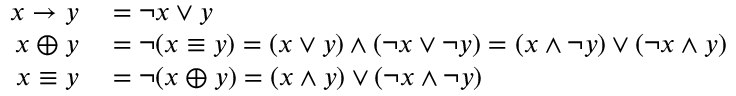
\begin{array} { r l } { x \rightarrow y } & { { } = \neg { x } \vee y } \\ { x \oplus y } & { { } = \neg ( x \equiv y ) = ( x \vee y ) \wedge ( \neg x \vee \neg y ) = ( x \wedge \neg y ) \vee ( \neg x \wedge y ) } \\ { x \equiv y } & { { } = \neg { ( x \oplus y ) } = ( x \wedge y ) \vee ( \neg x \wedge \neg y ) } \end{array}